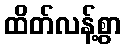
ထိတ်လန့်စွာ